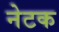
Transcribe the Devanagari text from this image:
नेटक